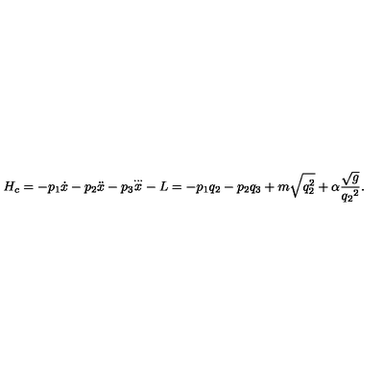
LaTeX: H _ { c } = - p _ { 1 } { \dot { x } } - p _ { 2 } { \ddot { x } } - p _ { 3 } { \stackrel { \ldots } { x } } - L = - p _ { 1 } q _ { 2 } - p _ { 2 } q _ { 3 } + m \sqrt { q _ { 2 } ^ { 2 } } + \alpha \frac { \sqrt { g } } { { q _ { 2 } } ^ { 2 } } .